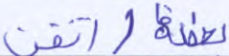
أتقن